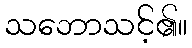
သဘောသင့်၏။